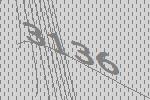
3136